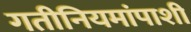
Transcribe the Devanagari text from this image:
गतीनियमांपाशी